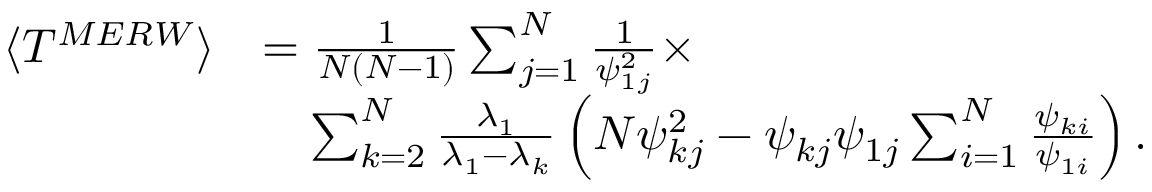
\begin{array} { r l } { \langle T ^ { M E R W } \rangle } & { = \frac { 1 } { N ( N - 1 ) } \sum _ { j = 1 } ^ { N } \frac { 1 } { \psi _ { 1 j } ^ { 2 } } \times } \\ & { \quad \sum _ { k = 2 } ^ { N } \frac { \lambda _ { 1 } } { \lambda _ { 1 } - \lambda _ { k } } \left( N \psi _ { k j } ^ { 2 } - \psi _ { k j } \psi _ { 1 j } \sum _ { i = 1 } ^ { N } \frac { \psi _ { k i } } { \psi _ { 1 i } } \right) . } \end{array}